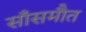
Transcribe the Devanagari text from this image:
साँसमौत